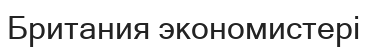
Британия экономистері